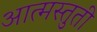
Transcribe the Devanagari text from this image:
आत्मस्तुती